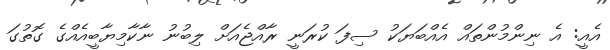
އެއީ: އެ ނިންމުންތައް އެއްބަޔަކު ސިފަ ކުރަނީ ރާއްޖެއަށް ލިބުނު ނާކާމިޔާބީއެއްގެ ގޮތުގަ